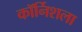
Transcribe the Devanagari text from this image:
कॉर्निशला